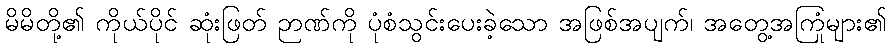
မိမိတို့၏ ကိုယ်ပိုင် ဆုံးဖြတ် ဉာဏ်ကို ပုံစံသွင်းပေးခဲ့သော အဖြစ်အပျက်၊ အတွေ့အကြုံများ၏